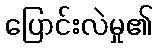
ပြောင်းလဲမှု၏